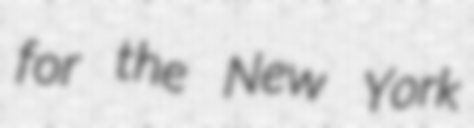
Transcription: for the New York